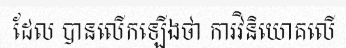
ដែល បានលើកឡើងថា ការវិនិយោគលើ